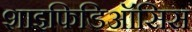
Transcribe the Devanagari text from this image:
शाइफिडिऑसिस